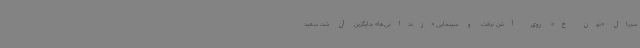
سریال «نون خ» روی آنتن نرفت و سینمایی «زندانی‌ها» جایگزین آن شد، سعید